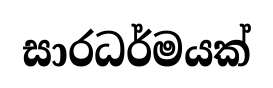
සාරධර්මයක්